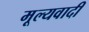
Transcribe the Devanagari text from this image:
मूल्यवादी